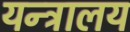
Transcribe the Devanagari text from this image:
यन्त्रालय